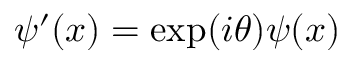
\psi ^ { \prime } ( x ) = \exp ( i \theta ) \psi ( x )